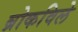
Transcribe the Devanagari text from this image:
ब्रोकविले